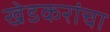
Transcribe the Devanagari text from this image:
खेडकरांचा